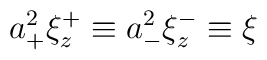
a_+^2\xi_z^+\equiv a_-^2\xi_z^-\equiv \xi